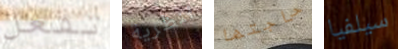
تفعل بنظرية حاجتها سيلفيا